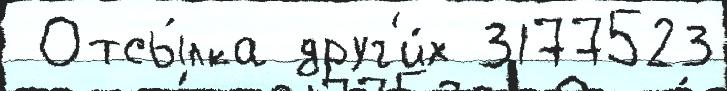
 Отсы́лка друг'и́х 3177523